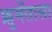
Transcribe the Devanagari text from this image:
फ्रुमेंतासा